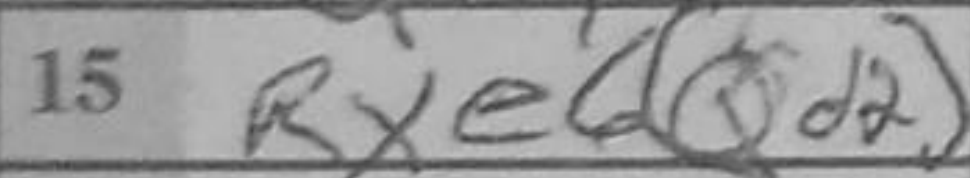
Transcription: Re1